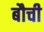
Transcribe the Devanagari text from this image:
बौची